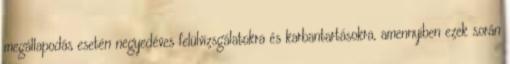
megállapodás esetén negyedéves felülvizsgálatokra és karbantartásokra, amennyiben ezek során